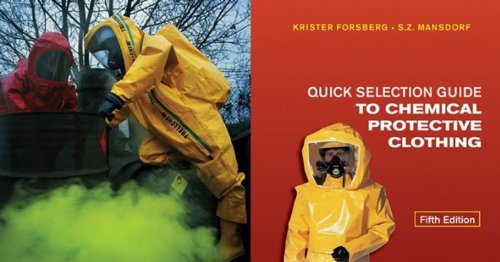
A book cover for Quick Selection Guide to Chemical Protective Clothing; Krister Forsberg; Science & Math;